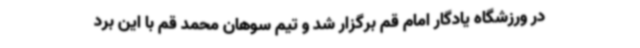
در ورزشگاه یادگار امام قم برگزار شد و تیم سوهان محمد قم با این برد